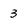
Character: 3